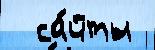
  са́йты